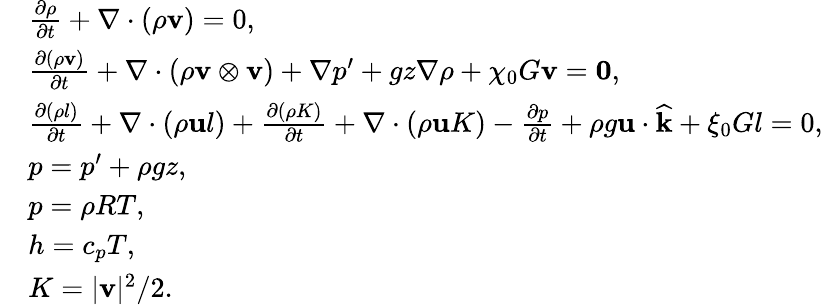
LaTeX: \begin{array}{rl}&{\frac{\partial\rho}{\partial t}+\nabla\cdot(\rho\mathbf v)=0,}\\ &{\frac{\partial(\rho\mathbf v)}{\partial t}+\nabla\cdot(\rho\mathbf v\otimes\mathbf v)+\nabla p^{\prime}+gz\nabla\rho+\chi_{0}G\mathbf v=\boldsymbol{0},}\\ &{\frac{\partial(\rho l)}{\partial t}+\nabla\cdot(\rho\mathbf ul)+\frac{\partial(\rho K)}{\partial t}+\nabla\cdot(\rho\mathbf uK)-\frac{\partial p}{\partial t}+\rho g\mathbf u\cdot\widehat{\mathbf k}+\xi_{0}Gl=0,}\\ &{p=p^{\prime}+\rho gz,}\\ &{p=\rho RT,}\\ &{h=c_{p}T,}\\ &{K=|\mathbf v|^{2}/2.}\end{array}